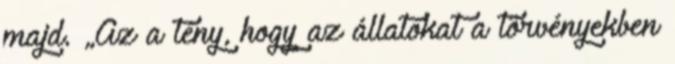
majd. „Az a tény, hogy az állatokat a törvényekben